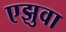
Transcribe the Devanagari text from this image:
एझुवा